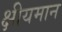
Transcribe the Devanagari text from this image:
क्षीयमान